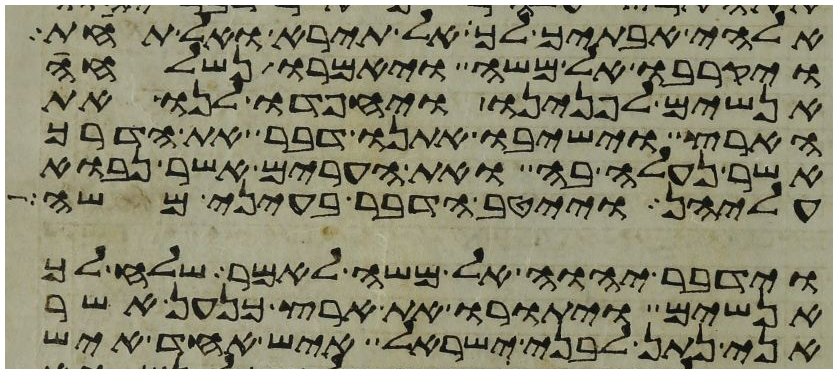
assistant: אלהי אבתיך לך אל תירא ואל תחת
ויקרבו אל משה ויאמרו נשלחה
אנשים לפנינו ויחפדו לנו את
הארץ וישיבו אתנו דבר את הדרך
אשר נעלה בה ואת הערים אשר נבוא
עליהן וייטב הדבר בעיני משה
וידבר יהוה אל משה לאמר שלח לך
אנשים ויתורו את ארץ כנען אשר
אני נתן לבני ישראל איש אחד איש